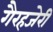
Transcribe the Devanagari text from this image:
गैरहजेरी